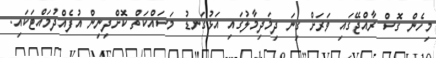
މިހެން ގޮސް ރާއްޖޭގައި ވަރަށް ގިނަ ދިމަދިމާލުގައި އަޅުގަނޑު މަސައްކަތް ކޮށްދިނިން އުފެއްދުމައްޓަކައި.